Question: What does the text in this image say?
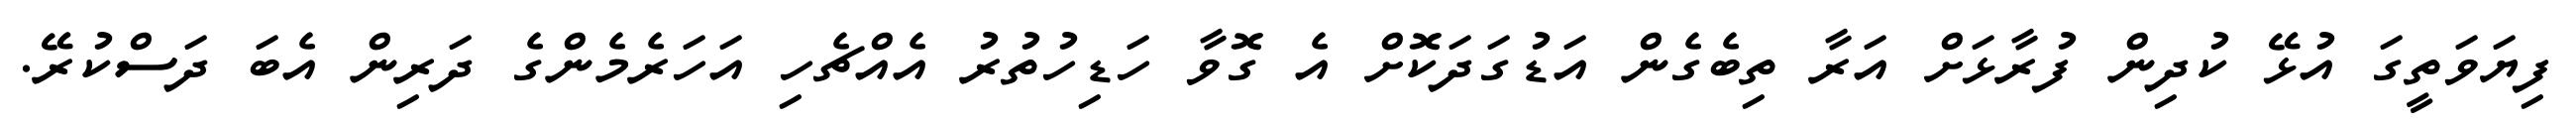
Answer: ފިޔަވަތީގަ އުޅޭ ކުދިން ފުރާޅަށް އަރާ ތިބެގެން އަޑުގަދަކޮށް އެ ގޮވާ ހަޑިހުތުރު އެއްޗެހި އަހަރެމެންގެ ދަރިން އެބަ ދަސްކުރޭ.